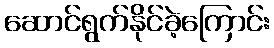
ဆောင်ရွက်နိုင်ခဲ့ကြောင်း